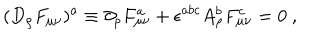
LaTeX: ( D _ { \rho } F _ { \mu \nu } ) ^ { a } \equiv \partial _ { \rho } F _ { \mu \nu } ^ { a } + \epsilon ^ { a b c } A _ { \rho } ^ { b } F _ { \mu \nu } ^ { c } = 0 \ ,